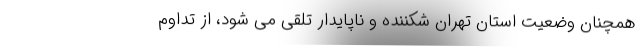
همچنان وضعیت استان تهران شکننده و ناپایدار تلقی می شود، از تداوم